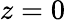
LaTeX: z=0